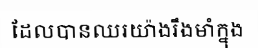
ដែលបានឈរយ៉ាងរឹងមាំក្នុង